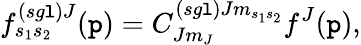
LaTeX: f_{s_{1}s_{2}}^{\left(sg\mathtt{l}\right)J}(\mathtt{p})=C_{Jm_{J}}^{\left(sg\mathtt{l}\right)Jm_{s_{1}s_{2}}}f^{J}(\mathtt{p}),